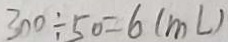
3 0 0 \div 5 0 = 6 ( m l )